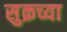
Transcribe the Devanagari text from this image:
सुक्रच्या